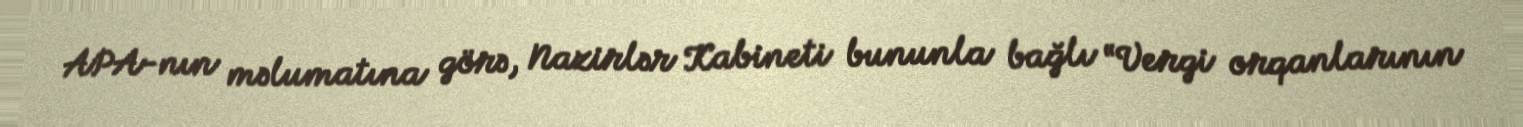
APA-nın məlumatına görə, Nazirlər Kabineti bununla bağlı “Vergi orqanlarının